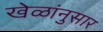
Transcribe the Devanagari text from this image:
खेळांनुसार